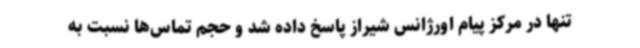
تنها در مرکز پیام اورژانس شیراز پاسخ داده شد و حجم تماس‌ها نسبت به